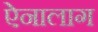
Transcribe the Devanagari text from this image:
ऐनालाग